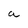
Character: a